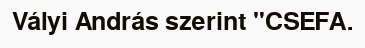
Vályi András szerint "CSEFA.